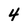
Character: 4